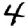
Digit: 4